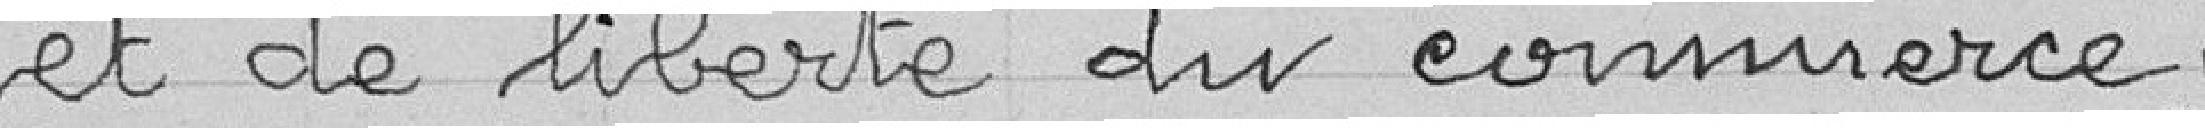
et de la liberté du commerce.